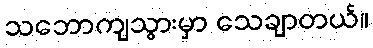
သဘောကျသွားမှာ သေချာတယ်။